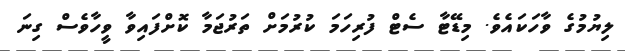
ލިޔުމުގެ ވާހަކައެވެ. މިޑޭޓާ ސެޓް ފުރިހަމަ ކުރުމަށް ތަރުޖަމާ ކޮށްފައިވާ ވީހާވެސް ގިނަ